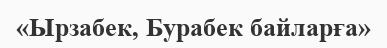
«Ырзабек, Бурабек байларға»